Vaccination in Bombay 1869-1873 - 1869-1873
Year: 1869
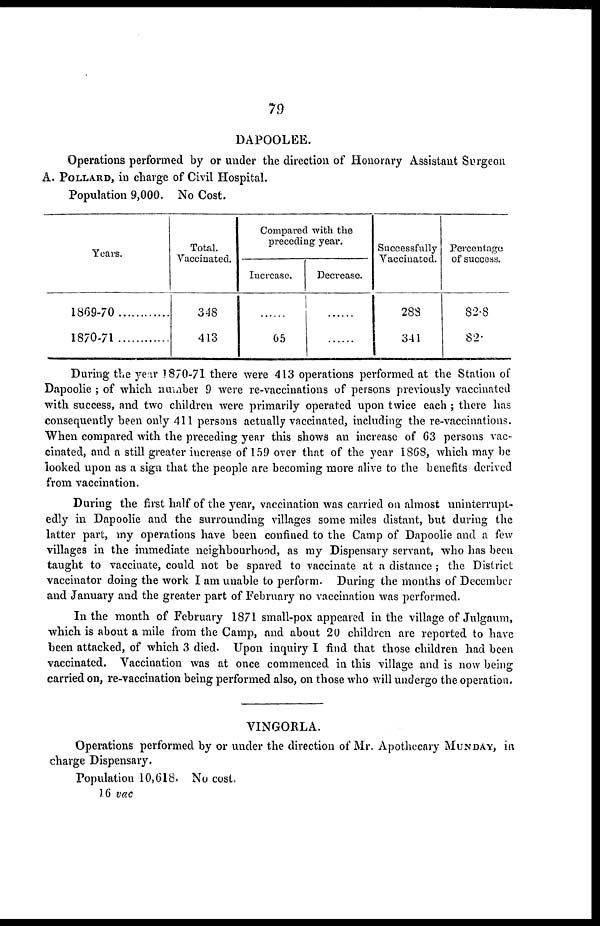
79
DAPOOLEE.
Operations performed by or under the direction of Honorary Assistant Surgeon
A. POLLARD, in charge of Civil Hospital.
Population 9,000. No Cost.
Years.
1869-70
1870-71
Total.
Vaccinated.
348
413
Compared with the
preceding year.
Increase.
......
65
Decrease.
......
......
Successfully
Vaccinated.
288
341
Percentage
of success.
82.8
82
During the year 1870-71 there were 413 operations performed at the Station of
Dapoolie ; of which number 9 were re-vaccinations of persons previously vaccinated
with success, and two children were primarily operated upon twice each ; there has
consequently been only 411 persons actually vaccinated, including the re-vaccinations.
When compared with the preceding year this shows an increase of 63 persons vac-
cinated, and a still greater increase of 159 over that of the year 1868, which may be
looked upon as a sign that the people are becoming more alive to the benefits derived
from vaccination.
During the first half of the year, vaccination was carried on almost uninterrupt-
edly in Dapoolie and the surrounding villages some miles distant, but during the
latter part, my operations have been confined to the Camp of Dapoolie and a few
villages in the immediate neighbourhood, as my Dispensary servant, who has been
taught to vaccinate, could not be spared to vaccinate at a distance ; the District
vaccinator doing the work I am unable to perform. During the months of December
and January and the greater part of February no vaccination was performed.
In the month of February 1871 small-pox appeared in the village of Julgaum,
which is about a mile from the Camp, and about 20 children are reported to have
been attacked, of which 3 died. Upon inquiry I find that those children had been
vaccinated. Vaccination was at once commenced in this village and is now being
carried on, re-vaccination being performed also, on those who will undergo the operation.
VINGORLA.
Operations performed by or under the direction of Mr. Apothecary MUNDAY, in
charge Dispensary.
Population 10,618. No cost.
16 vac